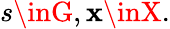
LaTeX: s\inG,\mathbf{x}\inX.